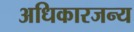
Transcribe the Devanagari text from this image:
अधिकारजन्य